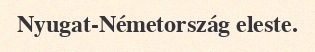
Nyugat-Németország eleste.